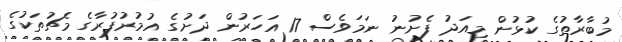
މުބާރާތުގެ ކުޅުން މިއަދު ފެށުނު ނަމަވެސް 17 އަހަރުން ދަށުގެ އުމުރުފުރާގެ މެޗުތަކުގެ